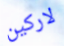
لاركين